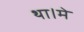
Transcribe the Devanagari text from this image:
था।मे